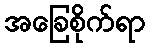
အခြေစိုက်ရာ